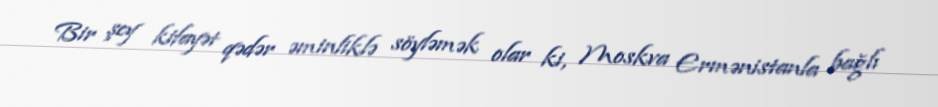
Bir şey kifayət qədər əminliklə söyləmək olar ki, Moskva Ermənistanla bağlı